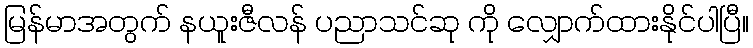
မြန်မာအတွက် နယူးဇီလန် ပညာသင်ဆု ကို လျှောက်ထားနိုင်ပါပြီ။